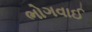
ભોગવાઈ